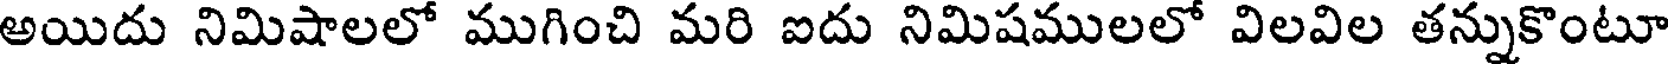
అయిదు నిమిషాలలో ముగించి మరి ఐదు నిమిషములలో విలవిల తన్నుకొంటూ